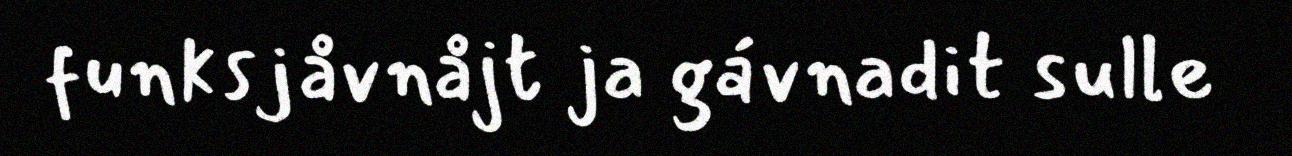
funksjåvnåjt ja gávnadit sulle